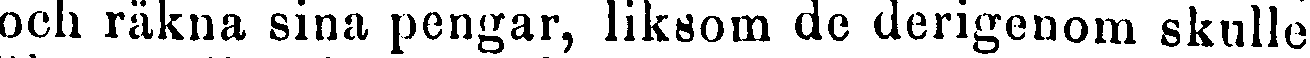
och räkna sina pengar, liksom de derigenom skulle